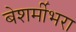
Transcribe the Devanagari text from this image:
बेशर्मीभरा